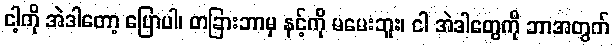
ငါ့ကို အဲဒါတော့ ပြောပါ၊ တခြားဘာမှ နင့်ကို မမေးဘူး၊ ငါ အဲဒါတွေကို ဘာအတွက်